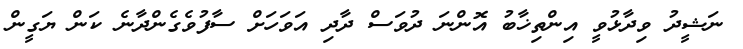
ނަޝީދު ވިދާޅުވީ އިންތިޚާބު އޮންނަ ދުވަސް ދާދި އަވަހަށް ސާފުވެގެންދާނެ ކަން ޔަގީން